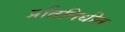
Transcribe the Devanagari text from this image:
प्रतिनिधीत